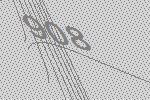
908